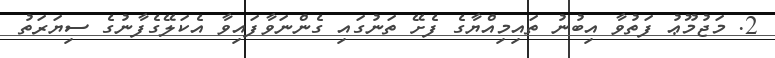
2. މަޖުމޫޢު ފަތުވާ އިބުނު ތައިމިއްޔާގެ ފެށޭ ތަނުގައި ގެންނަވާފައިވާ އެކަލޭގެފާނުގެ ސިޔަރަތު